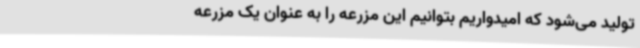
تولید می‌شود که امیدواریم بتوانیم این مزرعه را به عنوان یک مزرعه